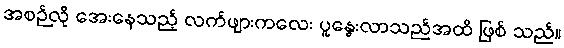
အစဉ်လို အေးနေသည့် လက်ဖျားကလေး ပူနွေးလာသည်အထိ ဖြစ် သည်။